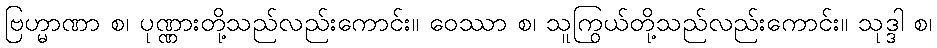
ဗြဟ္မာဏာ စ၊ ပုဏ္ဏားတို့သည်လည်းကောင်း။ ဝေဿာ စ၊ သူကြွယ်တို့သည်လည်းကောင်း။ သုဒ္ဒါ စ၊